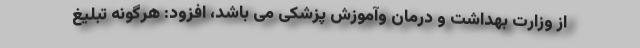
از وزارت بهداشت و درمان وآموزش پزشکی می باشد، افزود: هرگونه تبلیغ